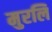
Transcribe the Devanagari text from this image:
मुरलि